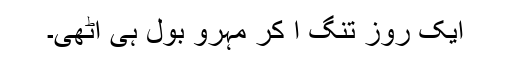
ایک روز تنگ آ کر مہرو بول ہی اٹھی۔